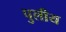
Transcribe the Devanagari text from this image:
पुलीय